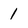
Character: 1